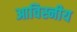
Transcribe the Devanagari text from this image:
आविस्नीय